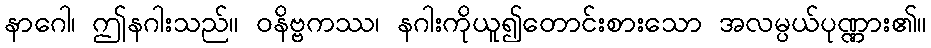
နာဂေါ၊ ဤနဂါးသည်။ ဝနိဗ္ဗကဿ၊ နဂါးကိုယူ၍တောင်းစားသော အလမ္ပယ်ပုဏ္ဏား၏။